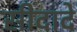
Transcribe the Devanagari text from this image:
सीदादे